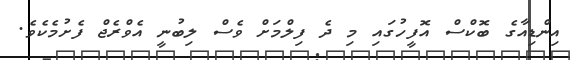
އިންޑިއާގެ ބޮކްސް އޮފީހުގައި މި ދެ ފިލްމަށް ވެސް ލިބުނީ އެވްރެޖް ފެށުމެކެވެ.